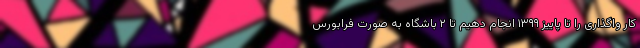
کار واگذاری را تا پاییز ۱۳۹۹ انجام دهیم تا ۲ باشگاه به صورت فرابورس